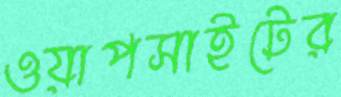
ওয়াপসাইটের